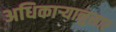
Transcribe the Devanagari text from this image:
अधिकाऱ्यानुसार